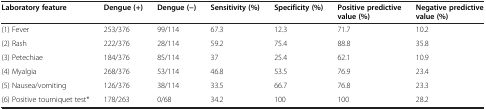
| Laboratory feature | Dengue (+) | Dengue (−) | Sensitivity (%) | Specificity (%) | Positive predictive value (%) | Negative predictive value (%) |
 | --- | --- | --- | --- | --- | --- | --- |
 | (1) Fever | 253/376 | 99/114 | 67.3 | 12.3 | 71.7 | 10.2 |
 | (2) Rash | 222/376 | 28/114 | 59.2 | 75.4 | 88.8 | 35.8 |
 | (3) Petechiae | 184/376 | 85/114 | 37 | 25.4 | 62.1 | 10.9 |
 | (4) Myalgia | 268/376 | 53/114 | 46.8 | 53.5 | 76.9 | 23.4 |
 | (5) Nausea/vomiting | 126/376 | 38/114 | 33.5 | 66.7 | 76.8 | 23.3 |
 | (6) Positive tourniquet test* | 178/263 | 0/68 | 34.2 | 100 | 100 | 28.2 |